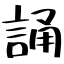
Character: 誦